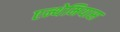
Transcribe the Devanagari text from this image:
एन्थेमियास